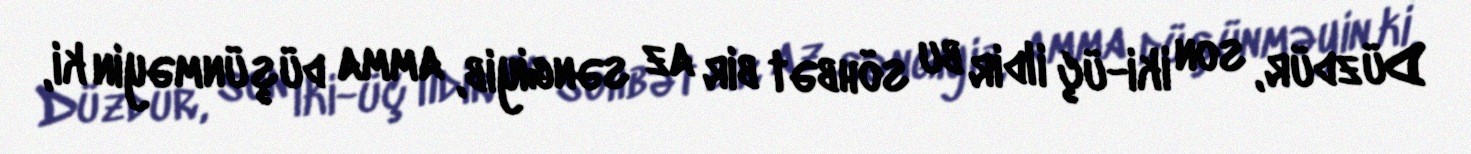
Düzdür, son iki-üç ildir bu söhbət bir az səngiyib, amma düşünməyin ki,